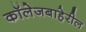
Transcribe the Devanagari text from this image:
कॉलेजबाहेरील